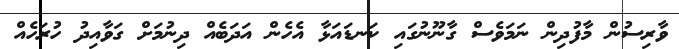
ވާރިސުން މާފުދިން ނަމަވެސް ގާނޫނުގައި ކަނޑައަޅާ އެހެން އަދަބެއް ދިނުމަށް ގަވާއިދު ހުރަހެއް